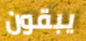
يبقون